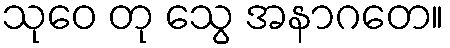
သုဝေ တု သွေ အနာဂတေ။